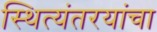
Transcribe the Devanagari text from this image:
स्थित्यंतरयांचा